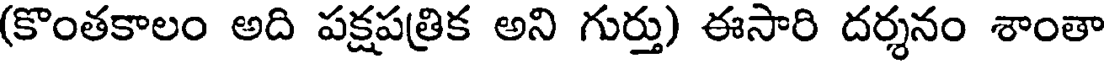
(కొంతకాలం అది పక్షపత్రిక అని గుర్తు) ఈసారి దర్శనం శాంతా